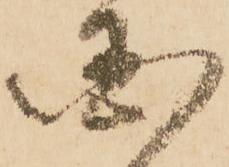
国